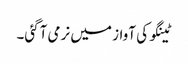
ٹینگو کی آواز میں نرمی آگئی۔